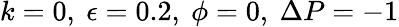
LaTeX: k=0,~\epsilon=0.2,~\phi=0,~\Delta P=-1